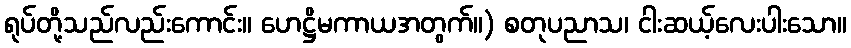
ရုပ်တို့သည်လည်းကောင်း။ ဟေဋ္ဌိမကာယအတွက်။) စတုပညာသ၊ ငါးဆယ့်လေးပါးသော။